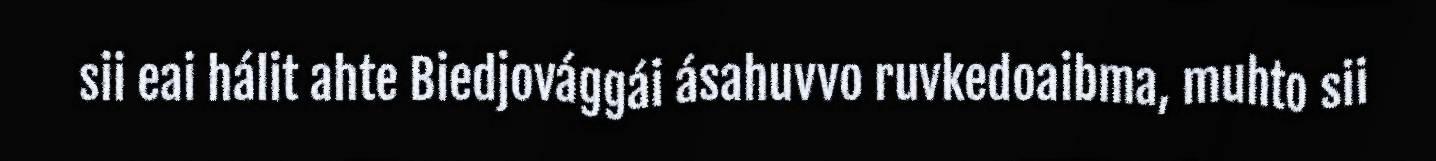
sii eai hálit ahte Biedjovággái ásahuvvo ruvkedoaibma, muhto sii